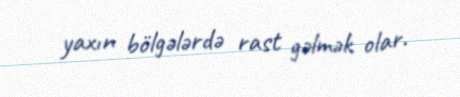
yaxın bölgələrdə rast gəlmək olar.